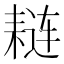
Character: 𫅼